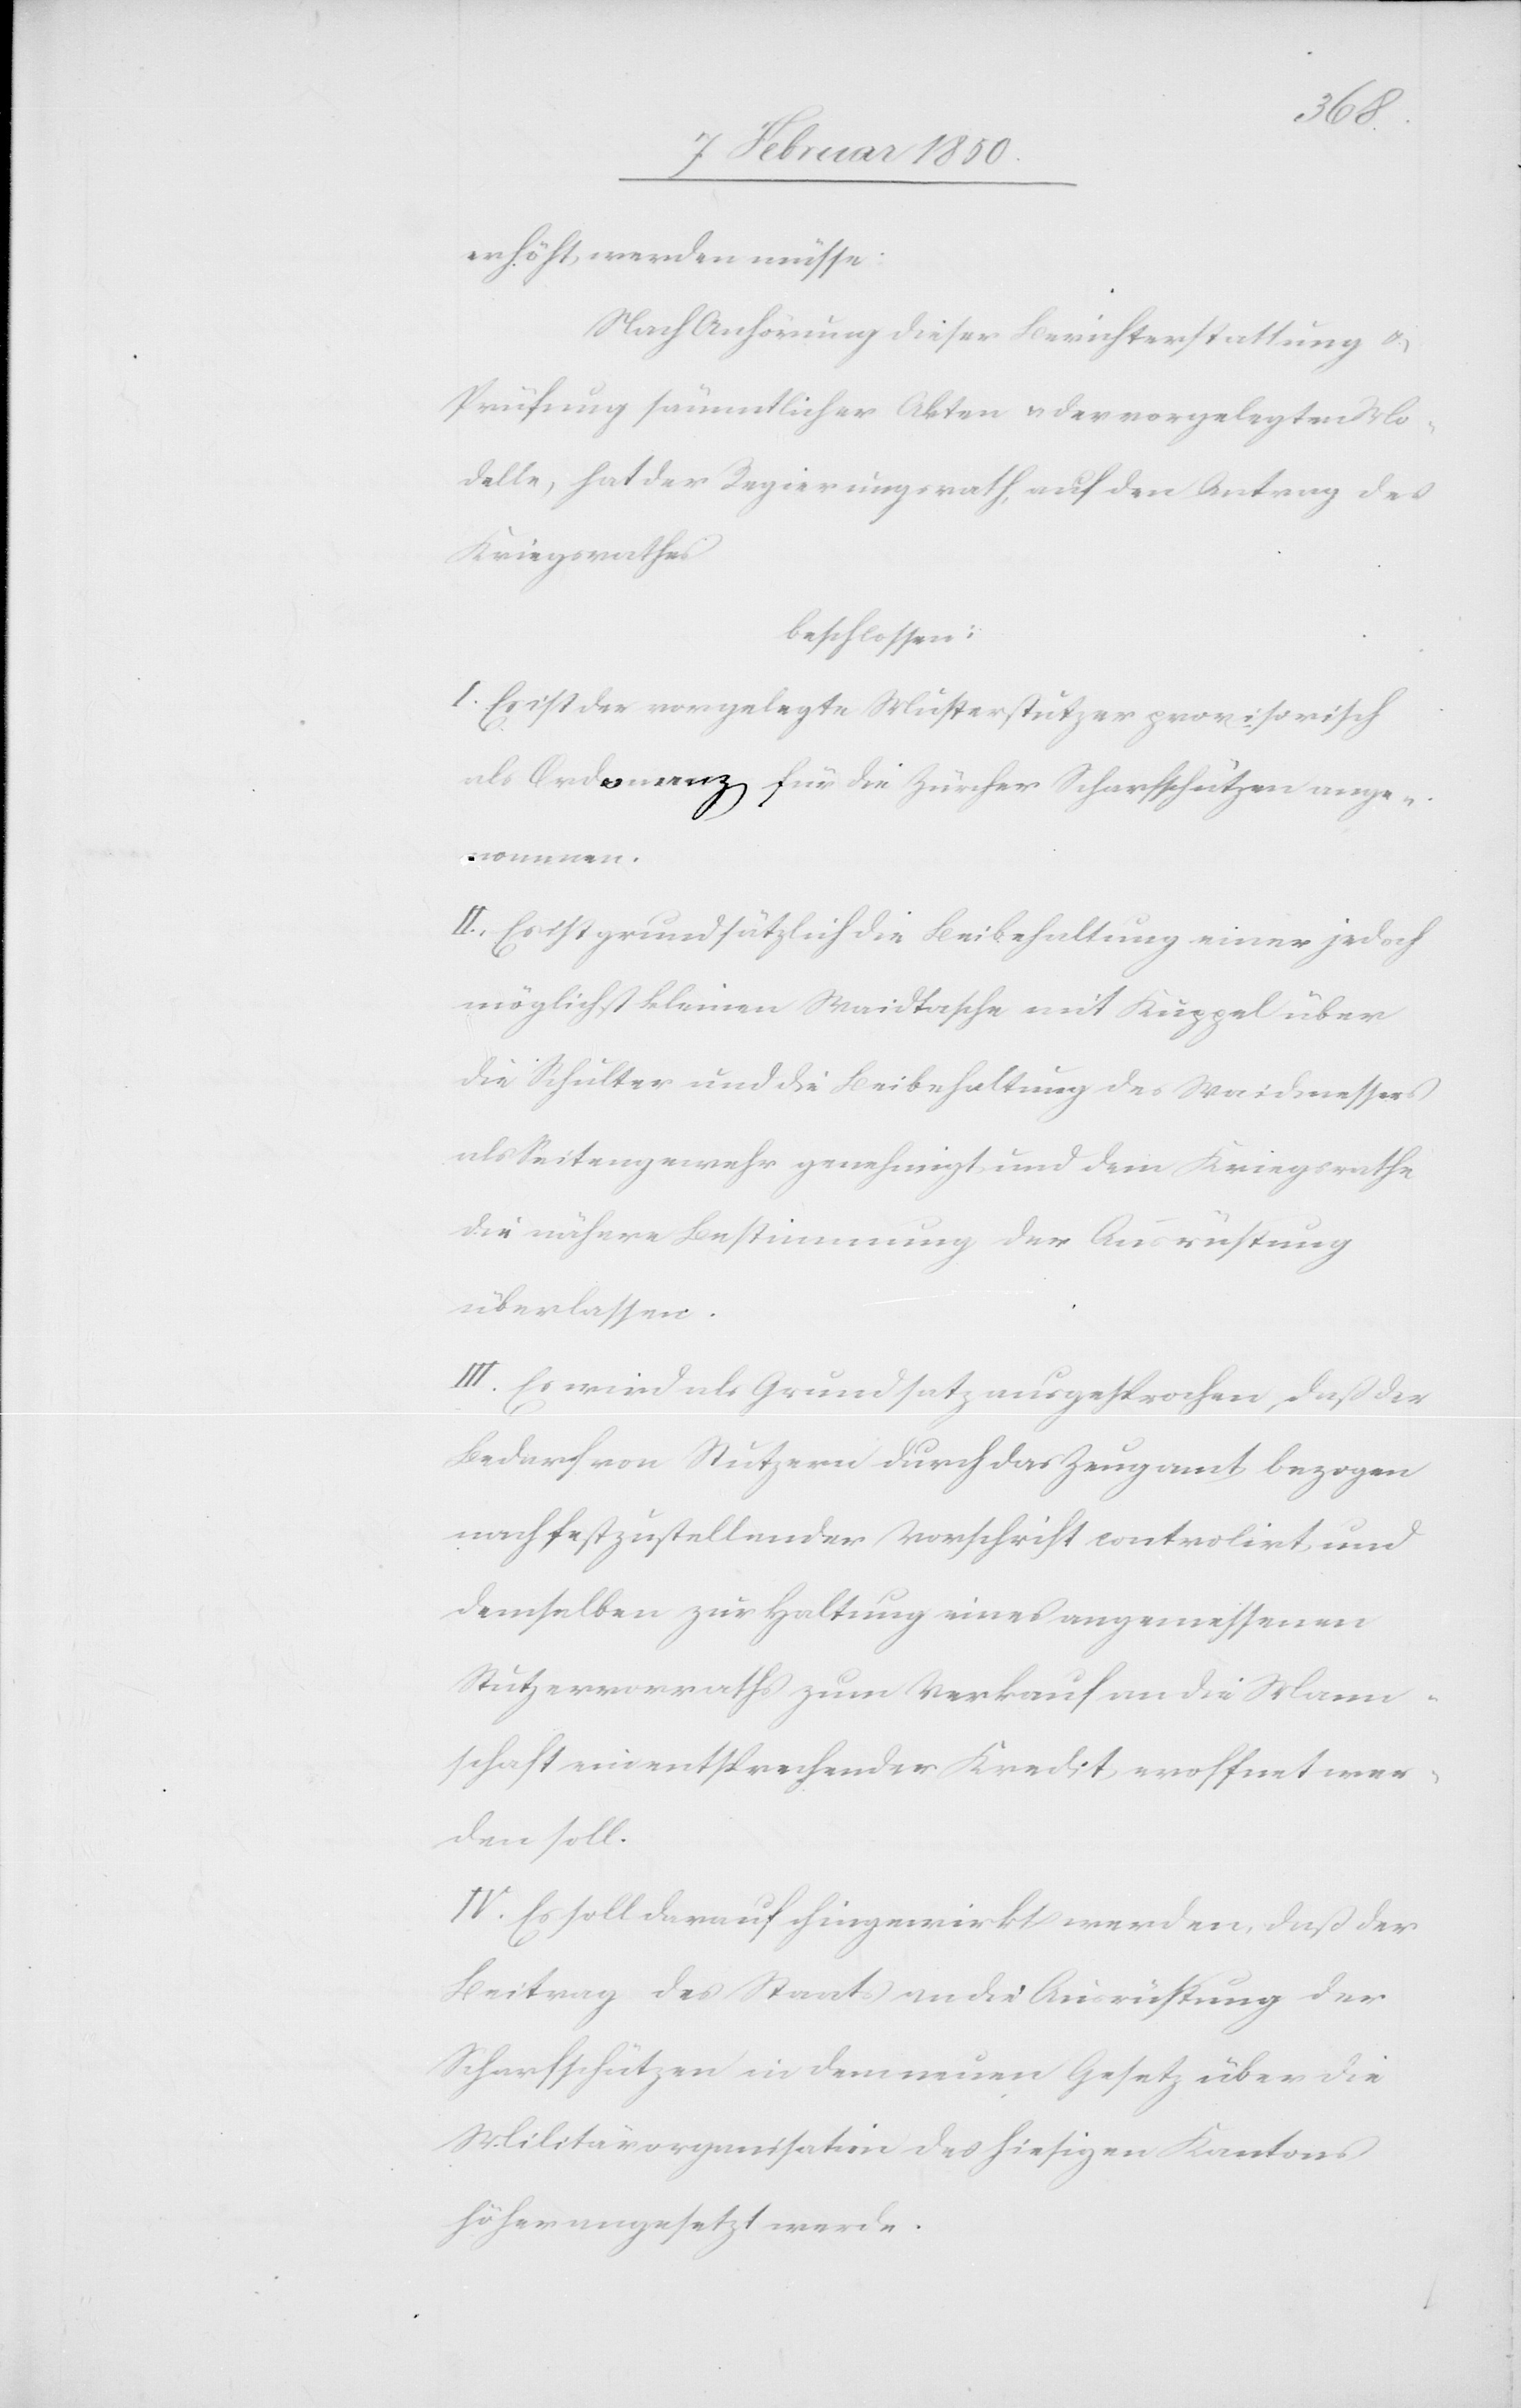
erhöht werden müsse.
Nach Anhörung dieser Berichterstattung u.
Prüfung sämmtlicher Akten u. der vorgelegten Mo¬
delle, hat der Regierungsrath, auf den Antrag des
Kriegsrathes
beschlossen:
I. Es ist der vorgelegte Musterstutzer provisorisch
als Ordonanz für die Zürcher Scharfschützen ange¬
nommen.
II. Es ist grundsätzlich die Beibehaltung einer jedoch
möglichst kleinen Waidtasche mit Küppel über
die Schulter und die Beibehaltung des Waidmessers
als Seitengewehr genehmigt und dem Kriegsrathe
die nähere Bestimmung der Ausrüstung
überlassen.
III. Es wird als Grundsatz ausgesprochen, daß der
Bedarf von Stutzern durch das Zeugamt bezogen
nach festzustellender Vorschrift controlirt und
demselben zur Haltung eines angemessenen
Stuzervorraths zum Verkauf an die Mann¬
schaft ein entsprechender Kredit eröffnet wer¬
den soll.
IV. Es soll darauf hingewirkt werden, daß der
Beitrag des Staats an die Ausrüstung der
Scharfschützen in dem neuen Gesetz über die
Militärorganisation des hiesigen Kantons
höher angesetzt werde.